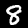
Label: 8